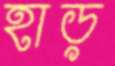
হাড়